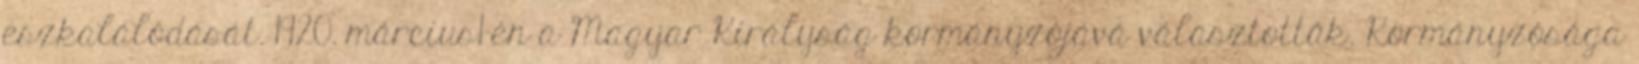
eszkalálódását. 1920. március1-én a Magyar Királyság kormányzójává választották. Kormányzósága